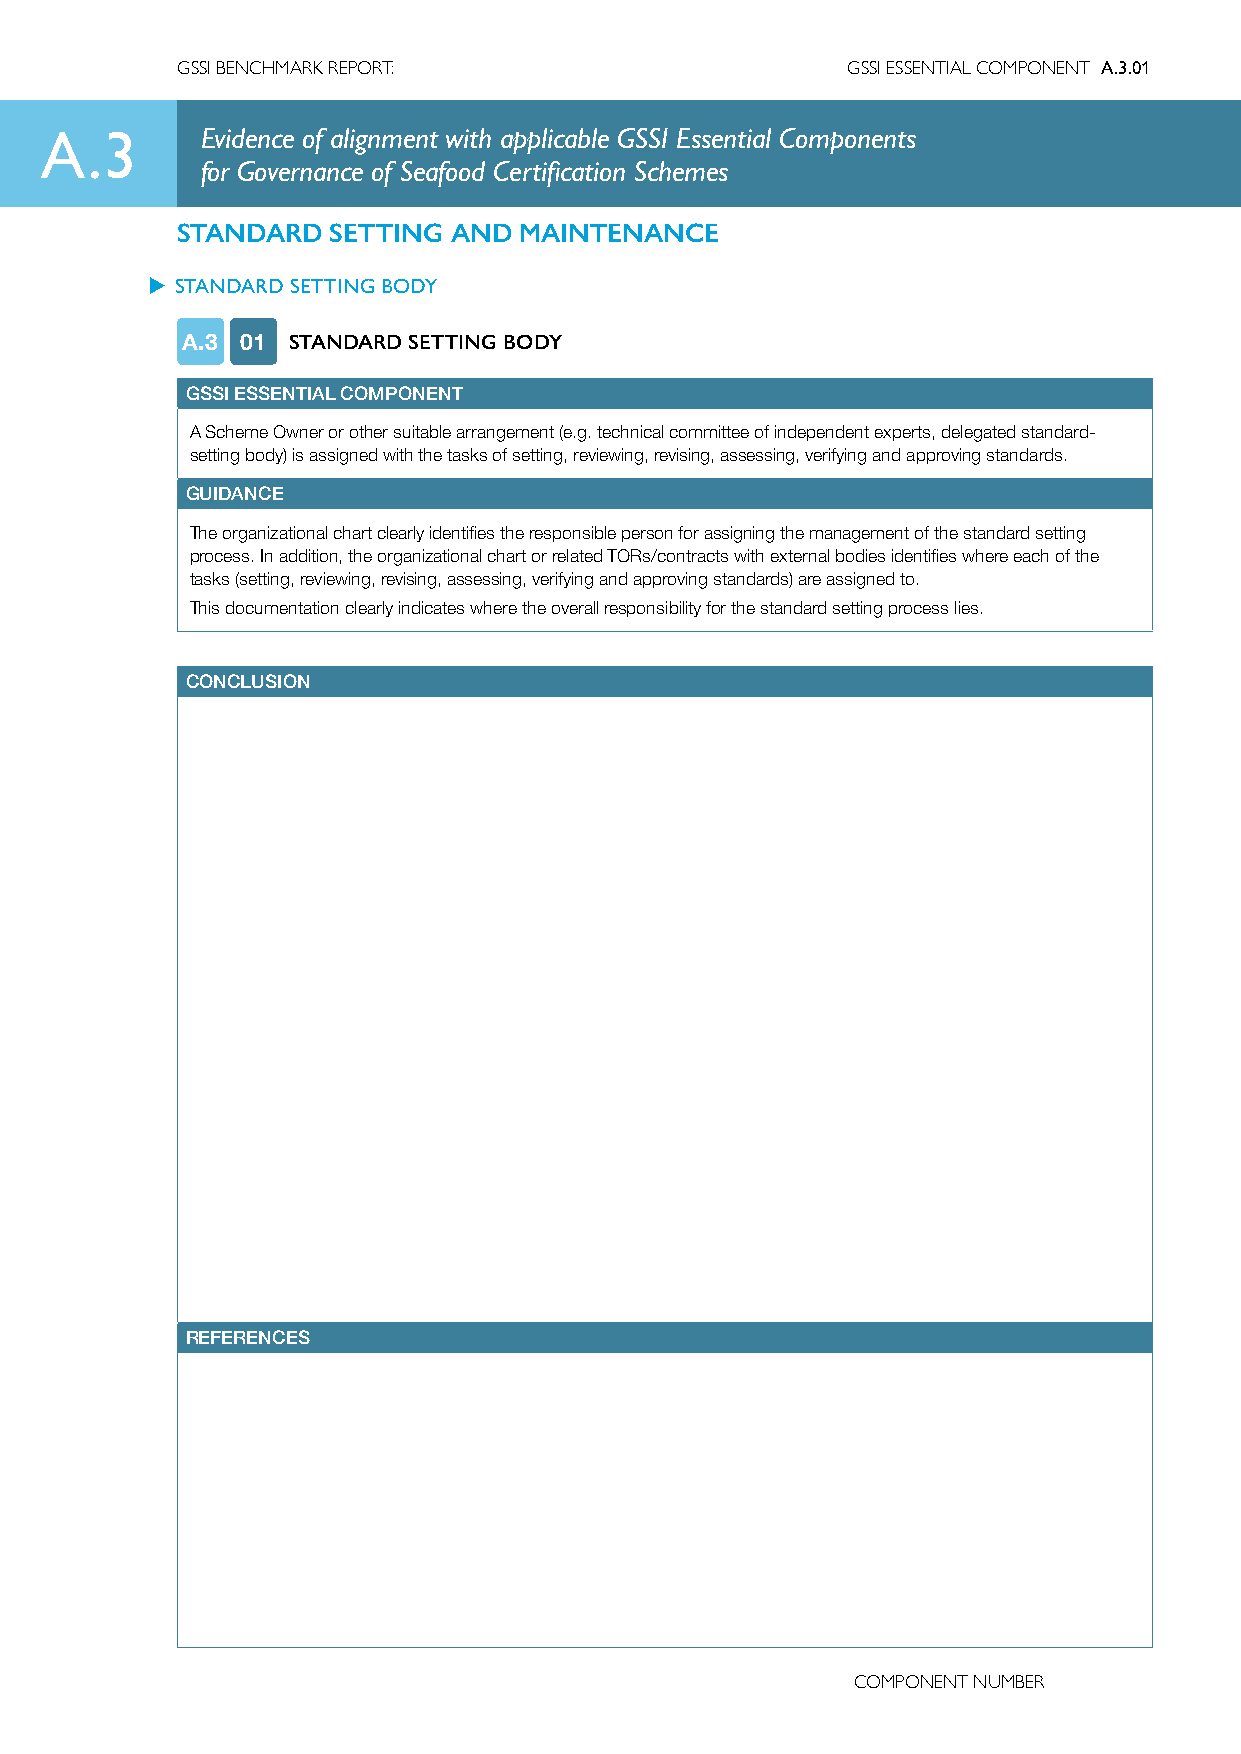
GSSI BENCHMARK REPORT:                      GSSI ESSENTIAL COMPONENT A.3.01
 A.3       Evidence of alignment with applicable GSSI Essential Components
 for Governance of Seafood Certification Schemes
 STANDARD  SETTING AND MAINTENANCE
 u STANDARD SETTING BODY
 A.3 01 STANDARD SETTING BODY
 GSSI ESSENTIAL COMPONENT
 A Scheme Owner or other suitable arrangement (e.g. technical committee of independent experts, delegated standard-
 setting body) is assigned with the tasks of setting, reviewing, revising, assessing, verifying and approving standards.
 GUIDANCE
 The organizational chart clearly identifies the responsible person for assigning the management of the standard setting
 process. In addition, the organizational chart or related TORs/contracts with external bodies identifies where each of the
 tasks (setting, reviewing, revising, assessing, verifying and approving standards) are assigned to.
 This documentation clearly indicates where the overall responsibility for the standard setting process lies.
 CONCLUSION
 REFERENCES
 COMPONENT NUMBER